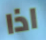
اذا